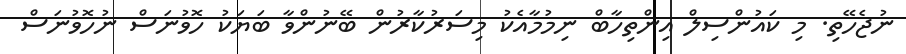
ނުޖެހޭތި. މި ކައުންސިލް އިންތިހާބް ނިމުމާއެކު މިސަރުކާރުން ބޭނުންވާ ބަޔަކު ހޮވުނަސް ނުހޮވުނަސް